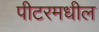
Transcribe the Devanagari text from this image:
पीटरमधील